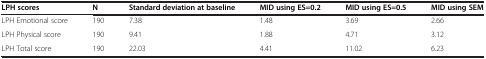
<table><thead><tr><td><b>LPH scores</b></td><td><b>N</b></td><td><b>Standard deviation at baseline</b></td><td><b>MID using ES=0.2</b></td><td><b>MID using ES=0.5</b></td><td><b>MID using SEM</b></td></tr></thead><tbody><tr><td>LPH Emotional score</td><td>190</td><td>7.38</td><td>1.48</td><td>3.69</td><td>2.66</td></tr><tr><td>LPH Physical score</td><td>190</td><td>9.41</td><td>1.88</td><td>4.71</td><td>3.12</td></tr><tr><td>LPH Total score</td><td>190</td><td>22.03</td><td>4.41</td><td>11.02</td><td>6.23</td></tr></tbody></table>